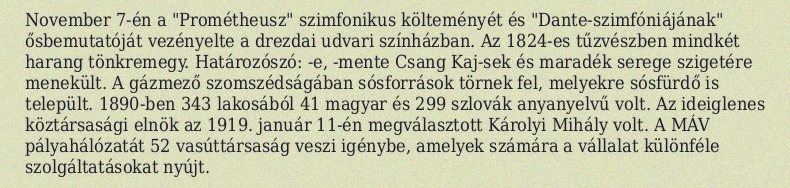
November 7-én a "Prométheusz" szimfonikus költeményét és "Dante-szimfóniájának" ősbemutatóját vezényelte a drezdai udvari színházban. Az 1824-es tűzvészben mindkét harang tönkremegy. Határozószó: -e, -mente Csang Kaj-sek és maradék serege szigetére menekült. A gázmező szomszédságában sósforrások törnek fel, melyekre sósfürdő is települt. 1890-ben 343 lakosából 41 magyar és 299 szlovák anyanyelvű volt. Az ideiglenes köztársasági elnök az 1919. január 11-én megválasztott Károlyi Mihály volt. A MÁV pályahálózatát 52 vasúttársaság veszi igénybe, amelyek számára a vállalat különféle szolgáltatásokat nyújt.